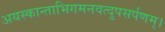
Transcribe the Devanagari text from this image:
अयस्कान्ताभिगमनवत्दुपसर्पणम्।